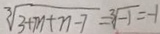
\sqrt [ 3 ] { 3 + m + n - 7 } = \sqrt [ 3 ] { - 1 } = - 1